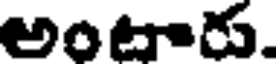
అంటారు.